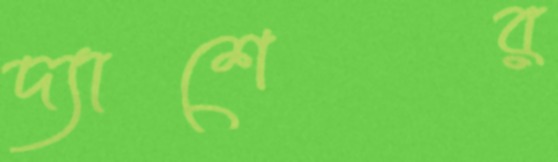
দ্যাশের